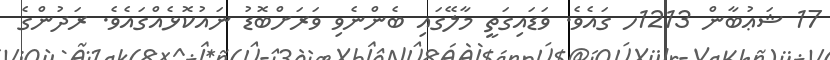
17 ޝަޢުބާން 1213ހ ގައެވެ. ވަޑައިގަތީ މާލޭގައި ބެންނެވި ވަރަށްބޮޑު ނައުކޮޅެއްގައެވެ. ރަދުންގެ